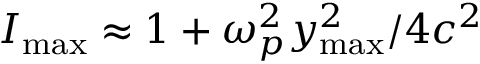
I _ { \mathrm { { m a x } } } \approx 1 + \omega _ { p } ^ { 2 } y _ { \mathrm { { m a x } } } ^ { 2 } / 4 c ^ { 2 }